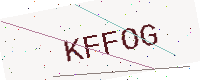
Text: KFFOG